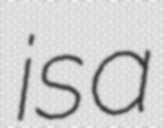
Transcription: is a